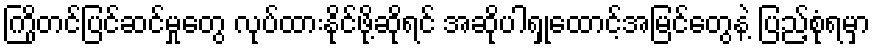
ကြိုတင်ပြင်ဆင်မှုတွေ လုပ်ထားနိုင်ဖို့ဆိုရင် အဆိုပါရှုထောင့်အမြင်တွေနဲ့ ပြည့်စုံရမှာ